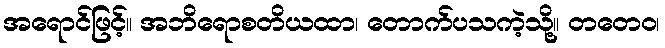
အရောင်ဖြင့်။ အဘိရောစတိယထာ၊ တောက်ပသကဲ့သို့။ တတေဝ၊